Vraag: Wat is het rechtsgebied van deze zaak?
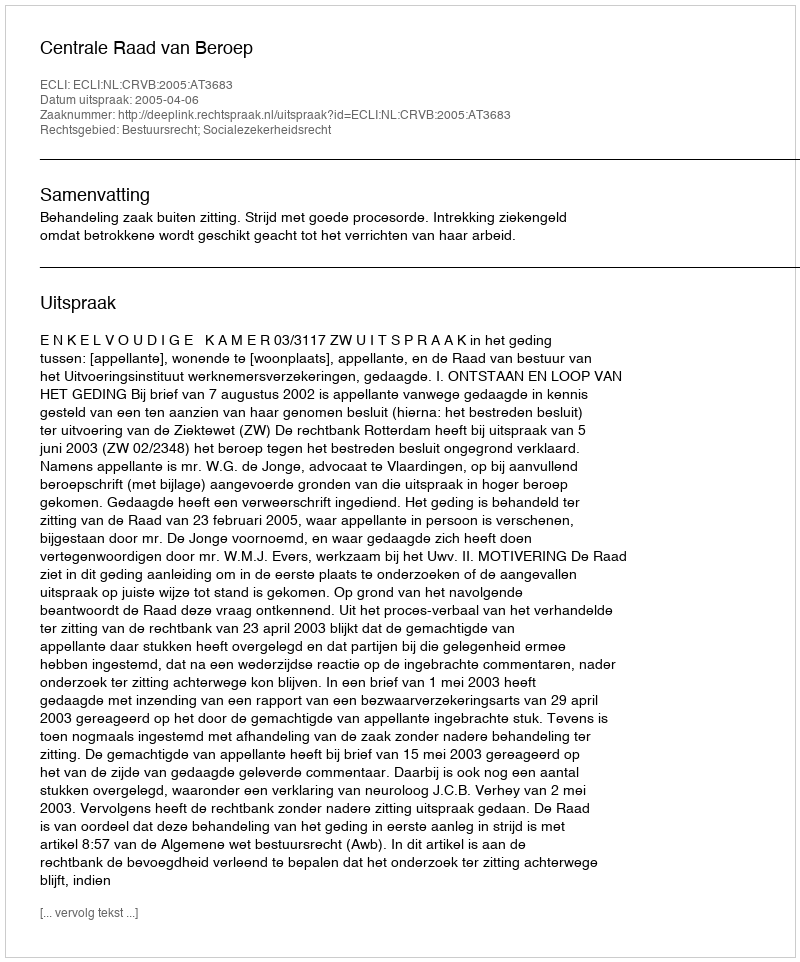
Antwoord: Bestuursrecht; Socialezekerheidsrecht